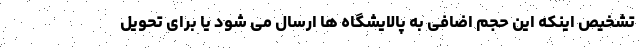
تشخیص اینکه این حجم اضافی به پالایشگاه ها ارسال می شود یا برای تحویل